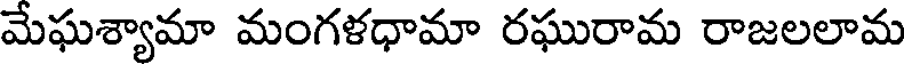
మేఘశ్యామా మంగళధామా రఘురామ రాజలలామ